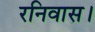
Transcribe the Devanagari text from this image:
रनिवास।